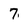
Character: 7